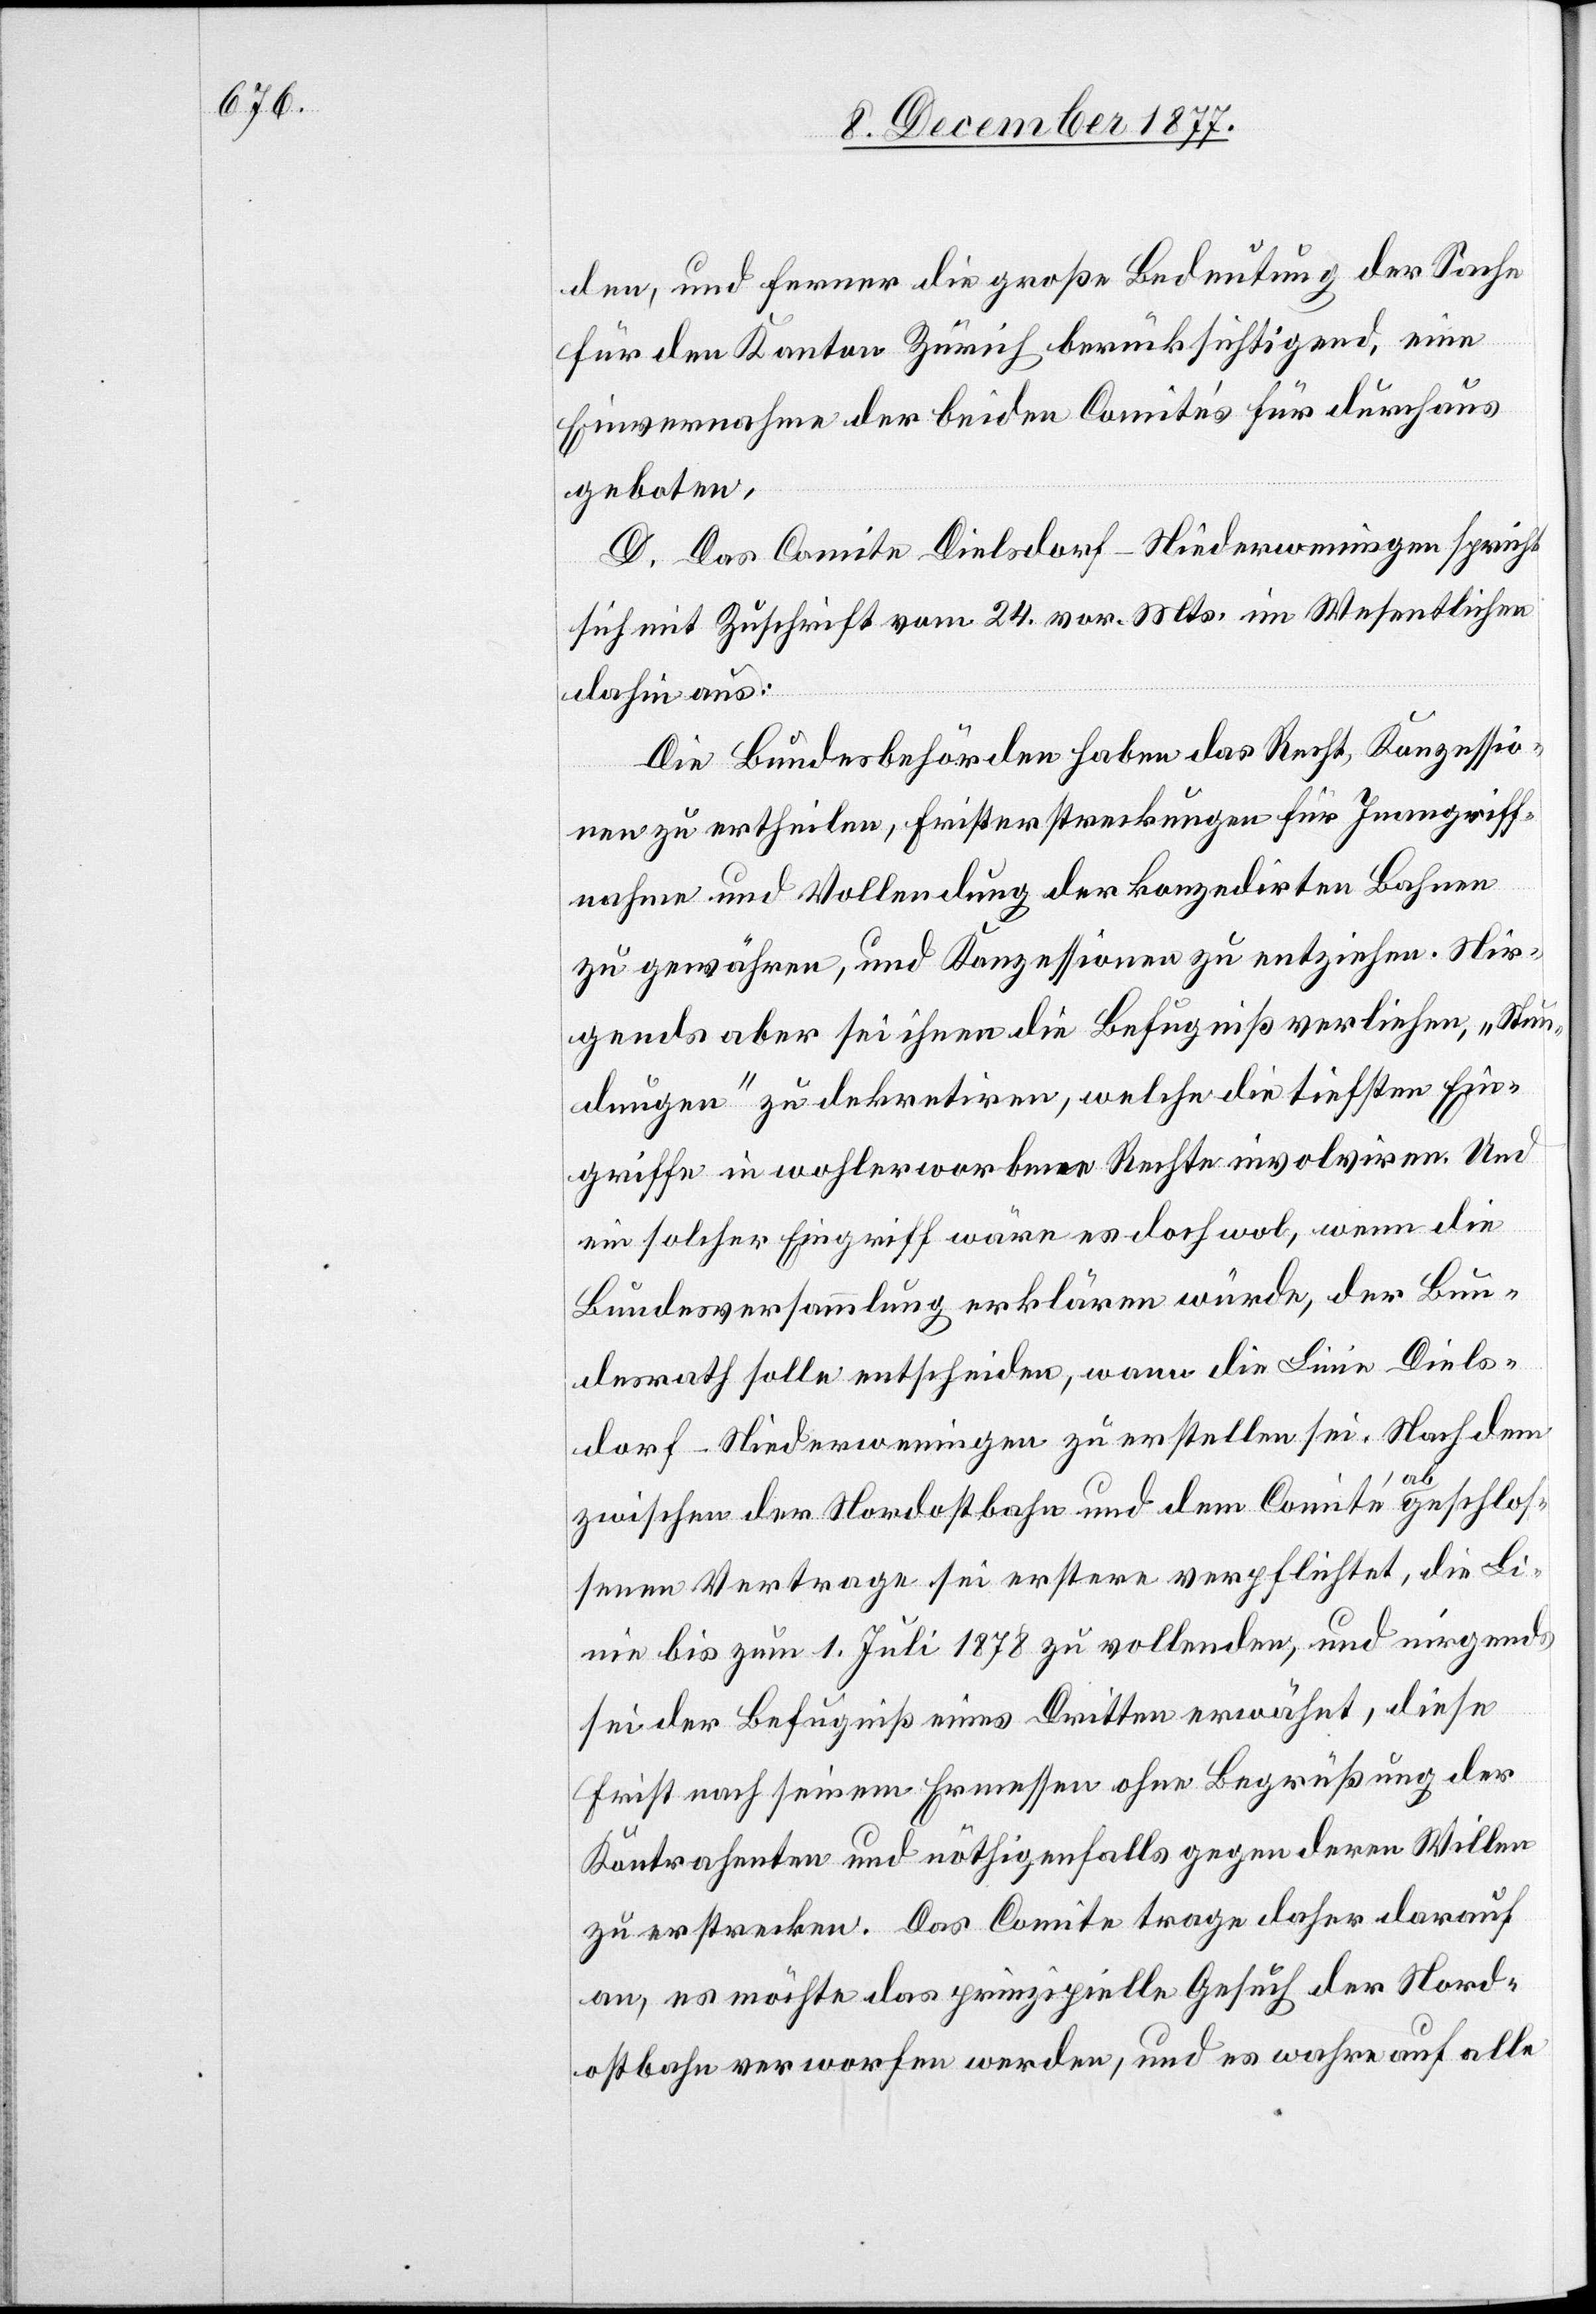
den, und ferner die große Bedeutung der Sache
für den Kanton Zürich berücksichtigend, eine
Einvernahme der beiden Comités für durchaus
geboten.
D. Das Comite Dielsdorf–Niederweningen spricht
sich mit Zuschrift vom 24. vor. Mts. im Wesentlichen
dahin aus:
Die Bundesbehörden haben das Recht, Konzessio¬
nen zu ertheilen, Fristerstreckungen für Inangriff¬
nahme und Vollendung der konzedirten Bahnen
zu gewähren, und Konzessionen zu entziehen. Nir¬
gends aber sei ihnen die Befugniß verliehen, „Stun¬
dungen“ zu dekretiren, welche die tiefsten Ein¬
griffe in wohlerworbene Rechte involviren. Und
ein solcher Eingriff wäre es doch wol, wenn die
Bundesversammlung erklären würde, der Bun¬
desrath solle entscheiden, wann die Linie Diels¬
dorf–Niederweningen zu erstellen sei. Nach dem
zwischen der Nordostbahn und dem Comité abgeschlos¬
senen Vertrage sei erstere verpflichtet, die Li¬
nie bis zum 1. Juli 1878 zu vollenden, und nirgends
sei der Befugniß eines Dritten erwähnt, diese
Frist nach seinem Ermessen ohne Begrüßung der
Kontrahenten und nöthigenfalls gegen deren Willen
zu erstrecken. Das Comite trage daher darauf
an, es möchte das prinzipielle Gesuch der Nord¬
ostbahn verworfen werden, und es wahre auf alle